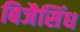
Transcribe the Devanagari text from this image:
बिजैसिंध